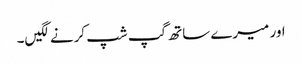
اور میرے ساتھ گپ شپ کرنے لگیں۔